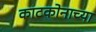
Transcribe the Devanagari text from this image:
काटकोनाच्या